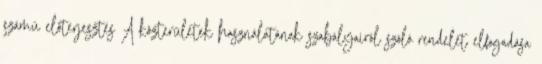
számú előterjesztés A közterületek használatának szabályairól szóló rendelet elfogadása